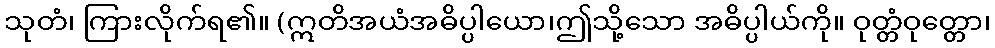
သုတံ၊ ကြားလိုက်ရ၏။ (ဣတိအယံအဓိပ္ပါယော၊ဤသို့သော အဓိပ္ပါယ်ကို။ ဝုတ္တံဝုတ္တော၊